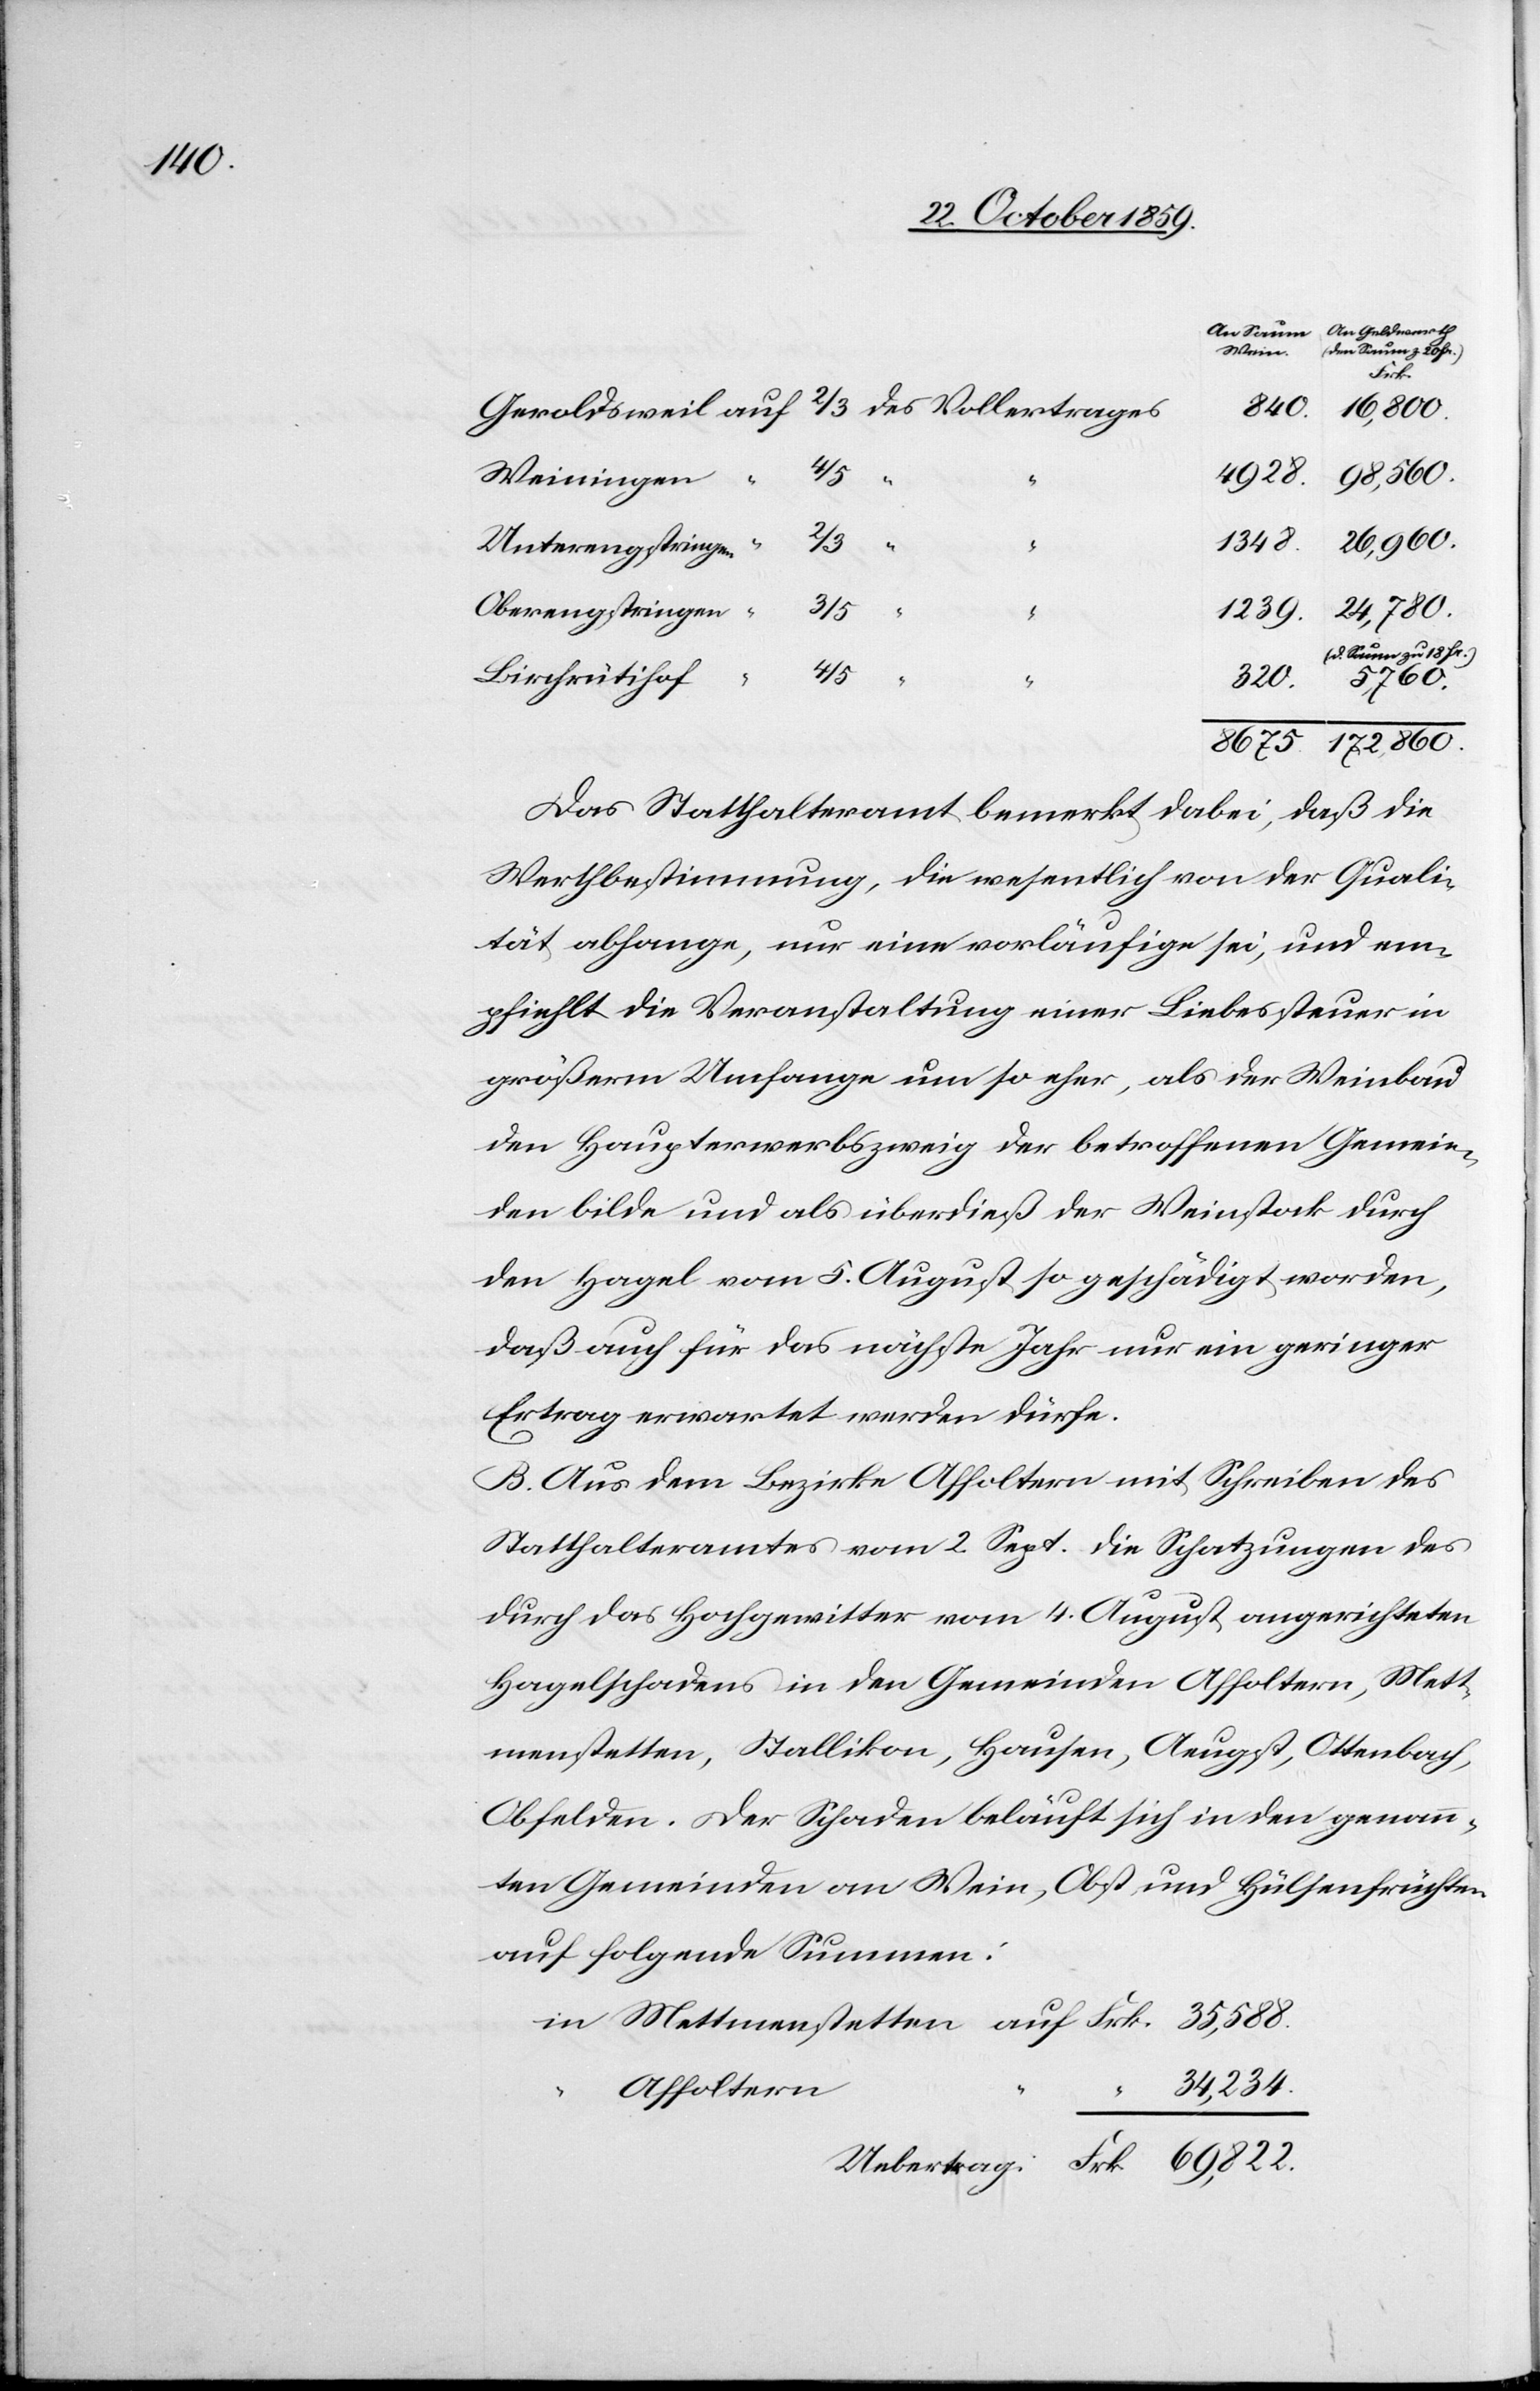
Frk.
35,588.
172,860.
69,822.
98,560.
Weiningen
5,760.
8675.
Unterengstringen
1348.
Oberengstringen
3/5
(d. Saum zu 18 Fr.)
4/5
Birchrütihof
trag:
Das Statthalteramt bemerkt dabei, daß die
Werthbestimmung, die wesentlich von der Quali¬
tät abhange, nur eine vorläufige sei, und em¬
pfiehlt die Veranstaltung einer Liebessteuer in
größerm Umfange um so eher, als der Weinbau
den Haupterwerbszweig der betroffenen Gemein¬
den bilde und als überdieß der Weinstock durch
den Hagel vom 5. August so geschädigt worden,
daß auch für das nächste Jahr nur ein geringer
Ertrag erwartet werden dürfe.
B. Aus dem Bezirke Affoltern mit Schreiben des
Statthalteramtes vom 2. Sept. die Schatzungen des
durch das Hochgewitter vom 4. August angerichteten
Hagelschadens in den Gemeinden Affoltern, Mett¬
menstetten, Stallikon, Hausen, Aeugst, Ottenbach,
Obfelden. Der Schaden beläuft sich in den genann¬
ten Gemeinden an Wein, Obst und Hülsenfrüchten
auf folgende Summen:
34,234.
Affoltern